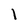
Character: l